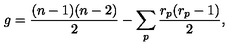
g = \frac { ( n - 1 ) ( n - 2 ) } { 2 } - \sum _ { p } \frac { r _ { p } ( r _ { p } - 1 ) } { 2 } ,